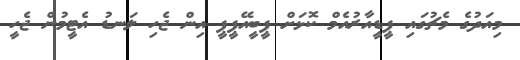
މިއަދުގެ މެޗުގައި ޕީޑީއާރުއެމް ކޮޅަށް ޕީބީއޭޕީޕީ އިން ޖެހި ލަނޑު އެޓީމުން ޖެހީ